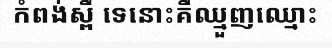
កំពង់ស្ពឺ ទេនោះគឺឈ្មួញឈ្មោះ